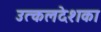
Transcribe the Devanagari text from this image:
उत्कलदेशका